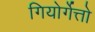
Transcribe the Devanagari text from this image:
गियोर्गेत्तो